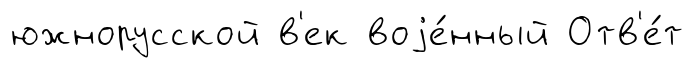
южнорусской в'ек воjе́нный Отв'е́т